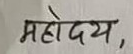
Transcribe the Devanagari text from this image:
महोदय,